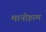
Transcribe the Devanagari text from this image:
मानोहरम